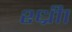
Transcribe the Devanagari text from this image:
श्ध्रीा